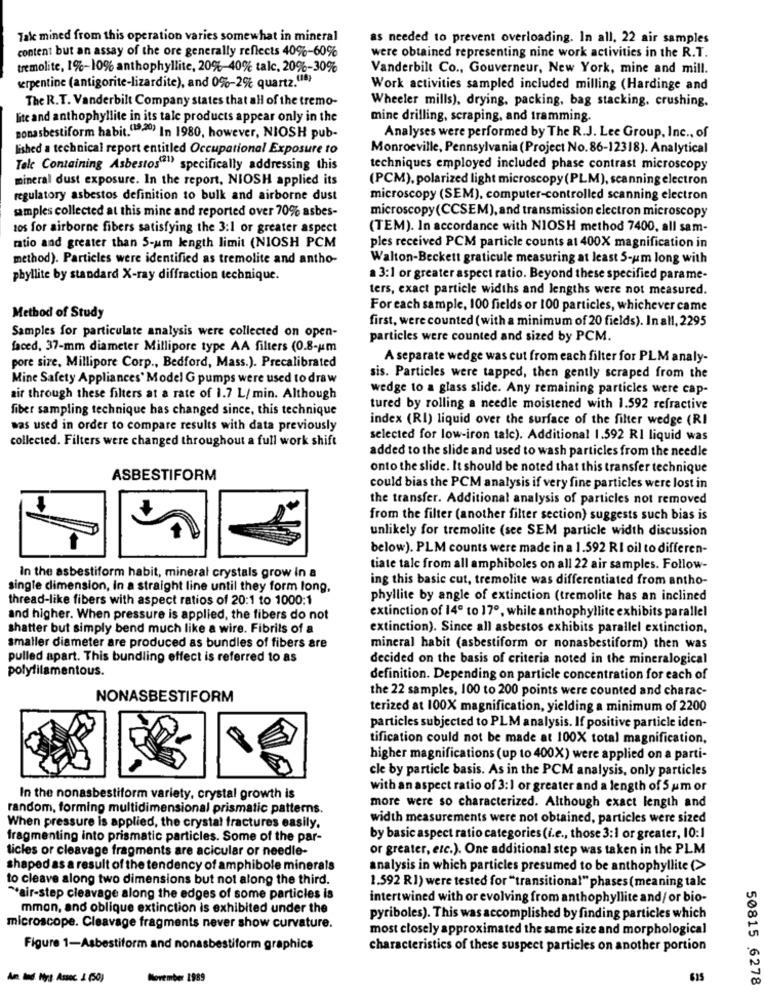
Tale mined from this operation varies somewhat in mineral
as needed to prevent overloading. In all, 22 air samples
content but an assay of the ore generally reflects 40%-60%
were obtained representing nine work activities in the R.T.
tremolite, 1%-10% anthophyllite, 20%-40% talc, 20%-30%
Vanderbilt Co ., Gouverneur, New York, mine and mill.
serpentine (antigorite-lizardite), and 0%-2% quartz.(18)
Work activities sampled included milling (Hardinge and
The R. T. Vanderbilt Company states that all of the tremo-
Wheeler mills), drying, packing, bag stacking, crushing.
lite and anthophyllite in its tale products appear only in the
mine drilling, scraping, and tramming.
nonasbestiform habit.(19:20) In 1980, however, NIOSH pub-
Analyses were performed by The R.J. Lee Group, Inc ., of
lished a technical report entitled Occupational Exposure to
Monroeville, Pennsylvania (Project No. 86-12318). Analytical
Tele Containing Asbestos"1" specifically addressing this
techniques employed included phase contrast microscopy
mineral dust exposure. In the report, NIOSH applied its
(PCM), polarized light microscopy(PLM), scanning electron
regulatory asbestos definition to bulk and airborne dust
microscopy (SEM), computer-controlled scanning electron
samples collected at this mine and reported over 70% asbes-
microscopy(CCSEM), and transmission electron microscopy
aos for airborne fibers satisfying the 3:1 or greater aspect
(TEM). In accordance with NIOSH method 7400, all sam-
ratio and greater than 5-um length limit (NIOSH PCM
ples received PCM particle counts at 400X magnification in
method). Particles were identified as tremolite and antho-
Walton-Beckett graticule measuring at least 5-um long with
phyllite by standard X-ray diffraction technique.
a 3:1 or greater aspect ratio. Beyond these specified parame-
ters, exact particle widths and lengths were not measured.
For each sample, 100 fields or 100 particles, whichever came
Method of Study
first, were counted (with a minimum of 20 fields). In all, 2295
Samples for particulate analysis were collected on open-
particles were counted and sized by PCM.
faced, 37-mm diameter Millipore type AA filters (0.8-um
A separate wedge was cut from each filter for PLM analy-
pore sire, Millipore Corp ., Bedford, Mass.). Precalibrated
Mine Safety Appliances' Model G pumps were used to draw
sis. Particles were tapped, then gently scraped from the
wedge to a glass slide. Any remaining particles were cap-
air through these filters at a rate of 1.7 L/ min. Although
fiber sampling technique has changed since, this technique
tured by rolling a needle moistened with 1.592 refractive
index (RI) liquid over the surface of the filter wedge (RI
was used in order to compare results with data previously
collected. Filters were changed throughout a full work shift
selected for low-iron tale). Additional 1.592 RI liquid was
added to the slide and used to wash particles from the needle
onto the slide. It should be noted that this transfer technique
ASBESTIFORM
could bias the PCM analysis if very fine particles were lost in
the transfer. Additional analysis of particles not removed
from the filter (another filter section) suggests such bias is
unlikely for tremolite (see SEM particle width discussion
below). PLM counts were made in a 1.592 RI oil to differen-
In the asbestiform habit, mineral crystals grow In a
tiate tale from all amphiboles on all 22 air samples. Follow-
ing this basic cut, tremolite was differentiated from antho-
single dimension, in a straight line until they form long,
thread-like fibers with aspect ratios of 20:1 to 1000:1
phyllite by angle of extinction (tremolite has an inclined
and higher. When pressure is applied, the fibers do not
extinction of 14º to 17º, while anthophyllite exhibits parallel
shatter but simply bend much like a wire. Fibrils of a
extinction). Since all asbestos exhibits parallel extinction,
smaller diameter are produced as bundles of fibers are
mineral habit (asbestiform or nonasbestiform) then was
pulled apart. This bundling effect is referred to as
decided on the basis of criteria noted in the mineralogical
polyfilamentous.
definition. Depending on particle concentration for each of
the 22 samples, 100 to 200 points were counted and charac-
NONASBESTIFORM
terized at 100X magnification, yielding a minimum of 2200
particles subjected to PLM analysis. If positive particle iden-
tification could not be made at 100X total magnification,
higher magnifications (up to 400X) were applied on a parti-
cle by particle basis. As in the PCM analysis, only particles
with an aspect ratio of 3:1 or greater and a length of 5 um or
In the nonasbestiform variety, crystal growth is
random, forming multidimensional prismatic patterns.
more were so characterized. Although exact length and
width measurements were not obtained, particles were sized
When pressure is applied, the crystal fractures easily.
fragmenting into prismatic particles. Some of the par-
by basic aspect ratio categories (i.e ., those 3:1 or greater, 10:1
licles or cleavage fragments are acicular or needle-
or greater, etc.). One additional step was taken in the PLM
shaped as a result of the tendency of amphibole minerals
analysis in which particles presumed to be anthophyllite (>
to cleave along two dimensions but not along the third.
1.592 R1) were tested for "transitional" phases (meaning talc
"air-step cleavage along the edges of some particles is
intertwined with or evolving from anthophyllite and/ or bio-
mmon, and oblique extinction is exhibited under the
pyriboles). This was accomplished by finding particles which
microscope. Cleavage fragments never show curvature.
most closely approximated the same size and morphological
Figure 1-Asbestiform and nonasbestiform graphics
characteristics of these suspect particles on another portion
Am. Ind. Nyt Assoc. 2 (50)
November 1989
615
50815 6278